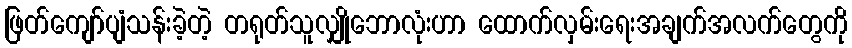
ဖြတ်ကျော်ပျံသန်းခဲ့တဲ့ တရုတ်သူလျှိုဘောလုံးဟာ ထောက်လှမ်းရေးအချက်အလက်တွေကို